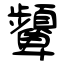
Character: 顰